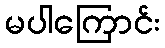
မပါကြောင်း